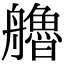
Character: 艪